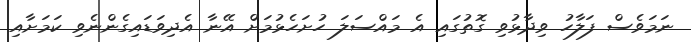
ނަމަވެސް ފަލާހު ވިދާޅުވި ގޮތުގައި އެ މައްސަލަ ހުށަހެޅުމަށް އޭނާ އެދިވަޑައިގެންނެވި ކަމަށާއި